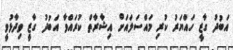
އަބުދު ގާޒީ ހައްޔަރު ކުރި މައްސަލައަށް އިޝާރާތް ކުރައްވާ އަބުދު ގާޒީ ވިދާޅުވީ